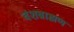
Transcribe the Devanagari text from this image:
वंशब्राह्मण